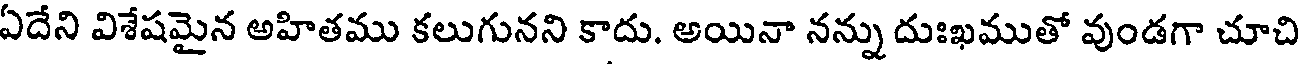
ఏదేని విశేషమైన అహితము కలుగునని కాదు. అయినా నన్ను దుఃఖముతో వుండగా చూచి